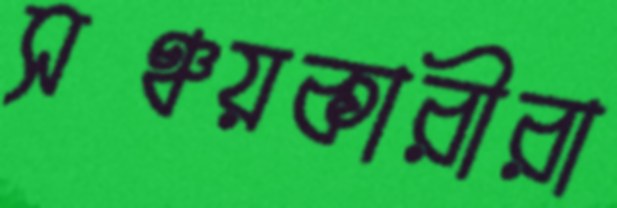
সঞ্চয়কারীরা